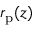
r _ { \mathrm { p } } ( z )